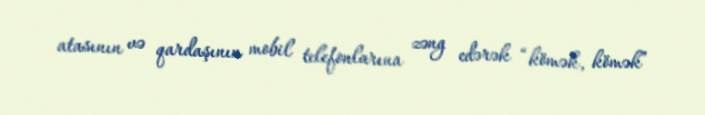
atasının və qardaşının mobil telefonlarına zəng edərək “kömək, kömək”